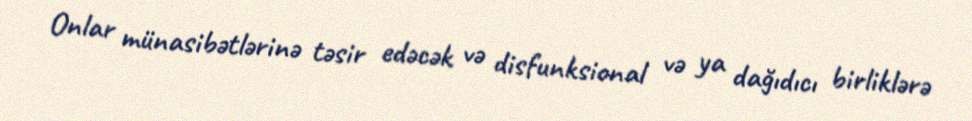
Onlar münasibətlərinə təsir edəcək və disfunksional və ya dağıdıcı birliklərə